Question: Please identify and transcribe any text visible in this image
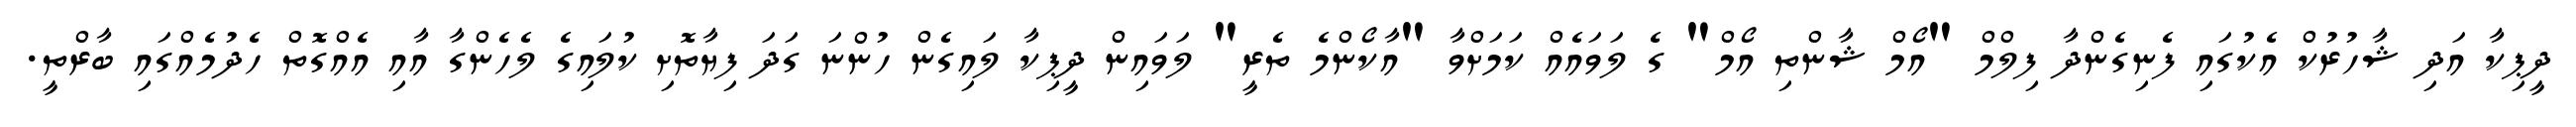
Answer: ދީޕިކާ އަދި ޝާހުރުކް އެކުގައި ފެނިގެންދާ ފިލްމް "އޯމް ޝާންތި އޯމް" ގެ ލަވައެއް ކަމަށްވާ "އާކޯންމެ ތެރީ" ލަވައިން ދީޕިކާ ލައިގެން ހުންނަ ގަދަ ފިޔާތޮށި ކުލައިގެ ލެހެންގާ އާއި އެއްގޮތް ހެދުމެއްގައި ބާރްތީ.